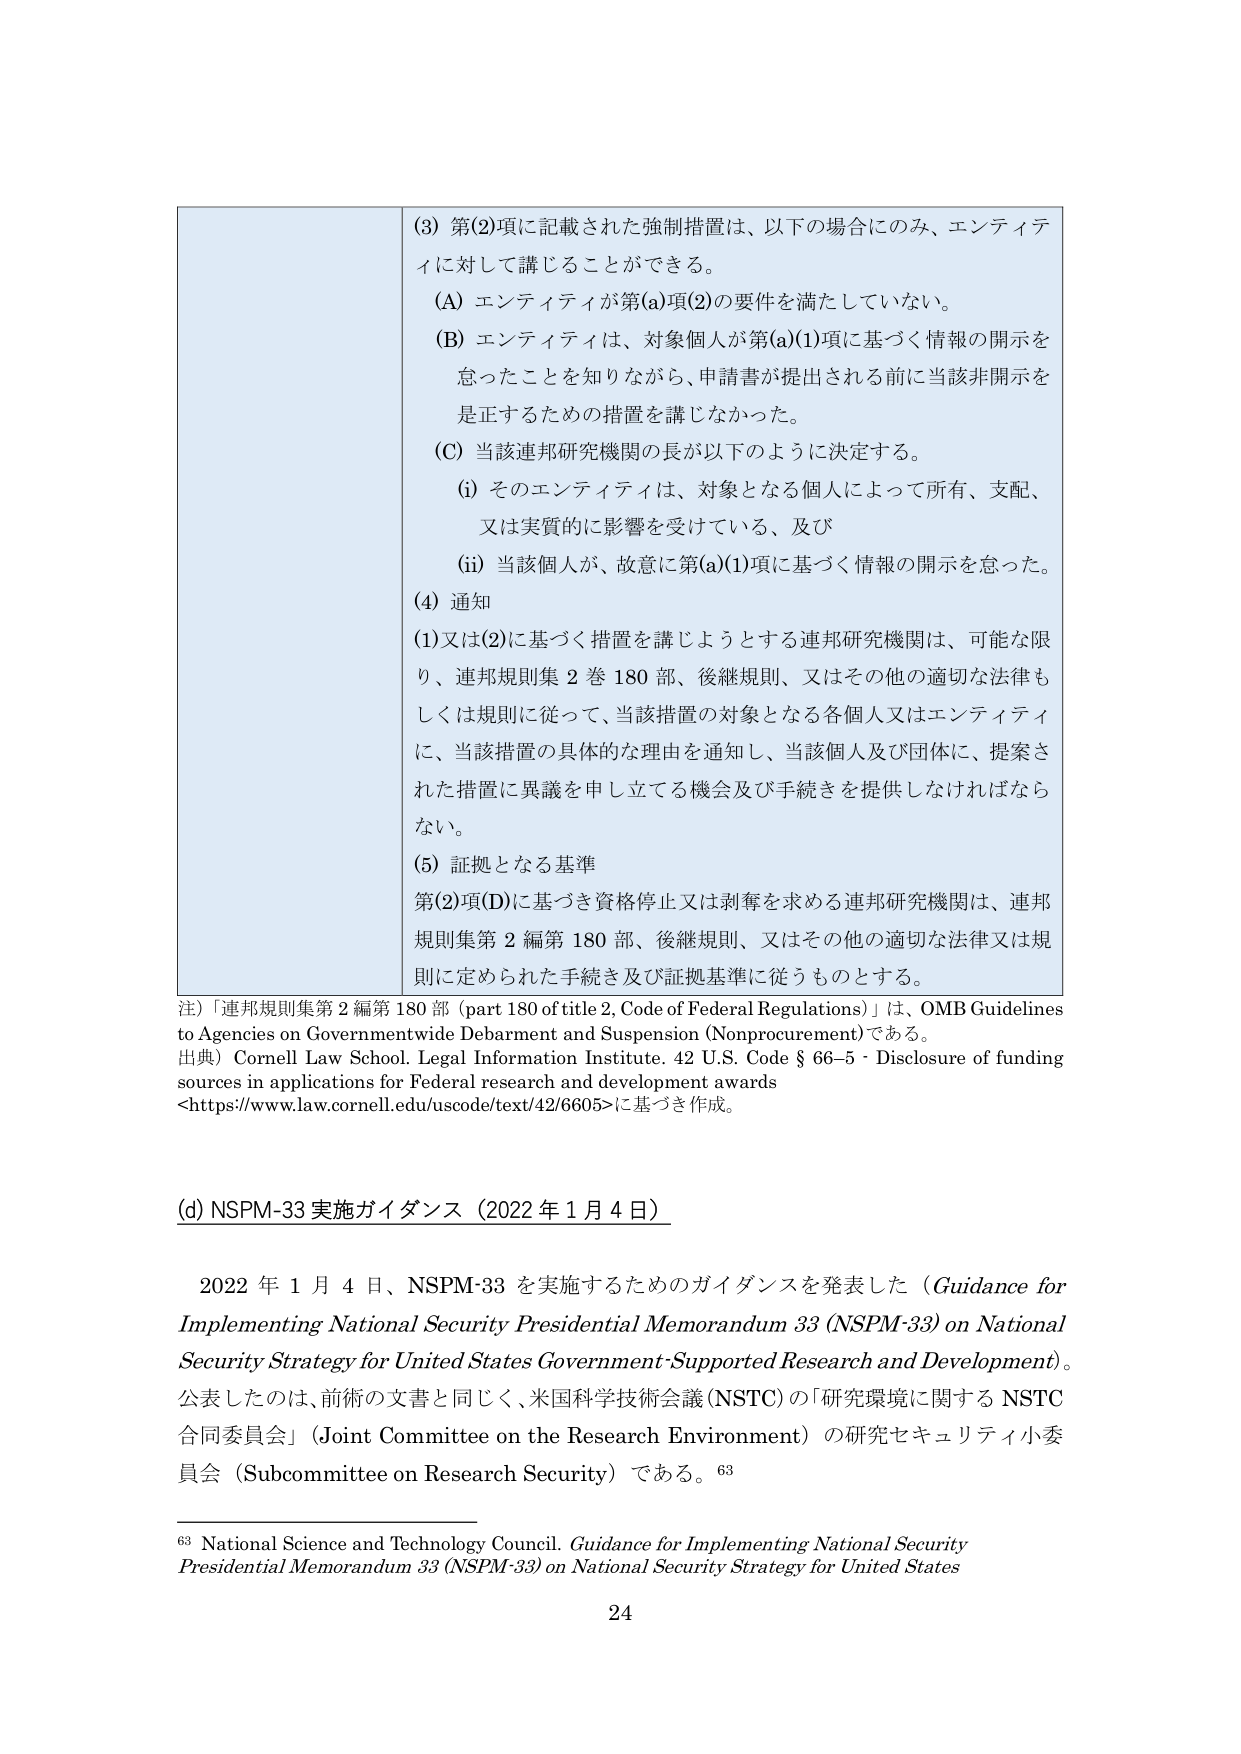
(3) 第(2)項に記載された強制措置は、以下の場合にのみ、エンティティに対して講じることができる。

(A) エンティティが第(a)項(2)の要件を満たしていない。

(B) エンティティは、対象個人が第(a)(1)項に基づく情報の開示を怠ったことを知りながら、申請書が提出される前に当該非開示を是正するための措置を講じなかった。

(C) 当該連邦研究機関の長が以下のように決定する。

(i) そのエンティティは、対象となる個人によって所有、支配、又は実質的に影響を受けている、及び

(ii) 当該個人が、故意に第(a)(1)項に基づく情報の開示を怠った。

(4) 通知

(1) 又は(2)に基づく措置を講じようとする連邦研究機関は、可能な限り、連邦規則集 2 巻 180 部、後継規則、又はその他の適切な法律もしくは規則に従って、当該措置の対象となる各個人又はエンティティに、当該措置の具体的な理由を通知し、当該個人及び団体に、提案された措置に異議を申し立てる機会及び手続きを提供しなければならない。

(5) 証拠となる基準

第(2)項(D)に基づき資格停止又は剥奪を求める連邦研究機関は、連邦規則集第 2 編第 180 部、後継規則、又はその他の適切な法律又は規則に定められた手続き及び証拠基準に従うものとする。

注）「連邦規則集第 2 編第 180 部 (part 180 of title 2, Code of Federal Regulations)」は、OMB Guidelines to Agencies on Governmentwide Debarment and Suspension (Nonprocurement) である。

出典）Cornell Law School. Legal Information Institute. 42 U.S. Code § 66-5 - Disclosure of funding sources in applications for Federal research and development awards <https://www.law.cornell.edu/uscode/text/42/6605> に基づき作成。

(d) NSPM-33 実施ガイドンス（2022 年 1 月 4 日）

2022 年 1 月 4 日、NSPM-33 を実施するためのガイドンスを発表した（Guidance for Implementing National Security Presidential Memorandum 33 (NSPM-33) on National Security Strategy for United States Government-Supported Research and Development）。公表したのは、前術の文書と同じく、米国科学技術会議 (NSTC) の「研究環境に関する NSTC 合同委員会」（Joint Committee on the Research Environment）の研究セキュリティ小委員会（Subcommittee on Research Security）である。63

63 National Science and Technology Council. Guidance for Implementing National Security Presidential Memorandum 33 (NSPM-33) on National Security Strategy for United States

24